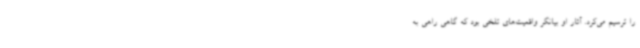
را ترسیم می‌کرد. آثار او بیانگر واقعیت‌های تلخی بود که گاهی راهی به